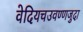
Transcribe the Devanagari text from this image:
वेदियचउवण्णजुदा